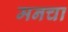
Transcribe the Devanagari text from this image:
मनचा